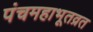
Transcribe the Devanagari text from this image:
पंचमहाभूतव्रत